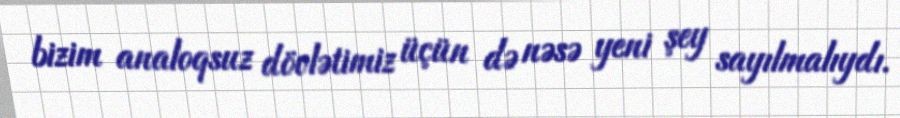
bizim analoqsuz dövlətimiz üçün də nəsə yeni şey sayılmalıydı.